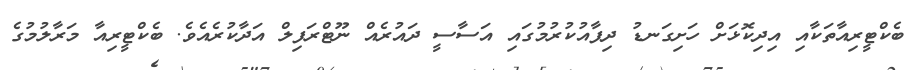
ބެކްޓީރިއާތަކާއި އިދިކޮޅަށް ހަށިގަނޑު ދިފާއުކުރުމުގައި އަސާސީ ދައުރެއް ނޫޓްރަފިލް އަދާކުރެއެވެ. ބެކްޓީރިއާ މަރާލުމުގެ